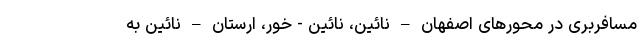
مسافربری در محورهای اصفهان – نائین، نائین - خور، ارستان – نائین به